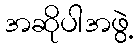
အဆိုပါအဖွဲ့